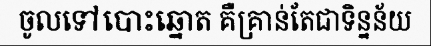
ចូលទៅបោះឆ្នោត គឺគ្រាន់តែជាទិន្នន័យ